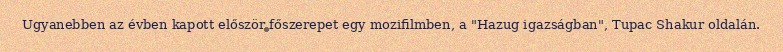
Ugyanebben az évben kapott először főszerepet egy mozifilmben, a "Hazug igazságban", Tupac Shakur oldalán.